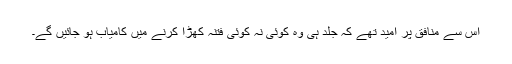
اس سے منافق پر امید تھے کہ جلد ہی وہ کوئی نہ کوئی فتنہ کھڑا کرنے میں کامیاب ہو جائیں گے۔